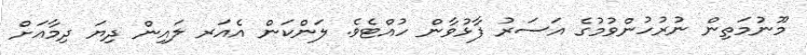
މޫނުމަތިން ނުރުހުންވުމުގެ އަސަރު ފާޅުވާން ހުއްޓެވެ. ލަންކަން އެއަރ ލައިން ދިޔަ ދިމާއަށް